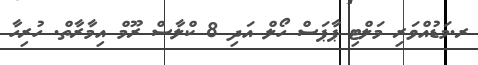
ރ.މަޑުއްވަރި މަލްޓި ޕާޕަސް ހޯލް އަދި 8 ކްލާސް ރޫމް އިމާރާތް. ހުރިހާ